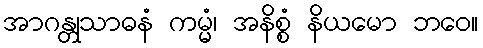
အာဂန္တုသာဓနံ ကမ္မံ၊ အနိစ္စံ နိယမော ဘဝေ။